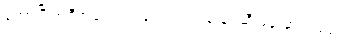
တော်ပြီ အဲဒီအကြောင်းတွေ ညကျမှ နင့်ဆီ ဖုန်းဆက်မယ်။